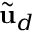
\tilde { \mathbf { u } } _ { d }